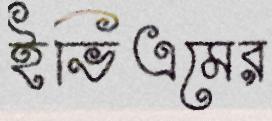
ইভিএমের